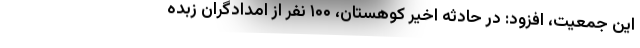
این جمعیت، افزود: در حادثه اخیر کوهستان، ۱۰۰ نفر از امدادگران زبده